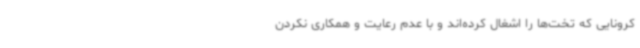
کرونایی که تخت‌ها را اشغال کرده‌اند و با عدم رعایت و همکاری نکردن